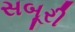
સબૂરી